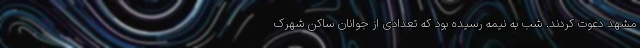
مشهد دعوت کردند. شب به نیمه رسیده بود که تعدادی از جوانان ساکن شهرک